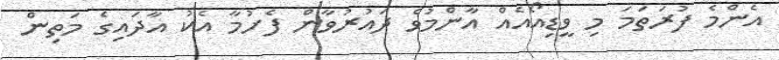
އެންމެ ފުރަތަމަ މި ވީޑިއޯއެއް އާންމުވެ ދައުރުވާން ފެށުމާ އެކު އާދައިގެ މަތިން